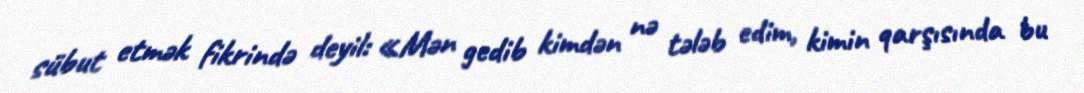
sübut etmək fikrində deyil: «Mən gedib kimdən nə tələb edim, kimin qarşısında bu